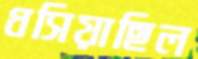
ধসিয়াছিল